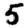
Digit: 5